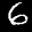
Label: 6